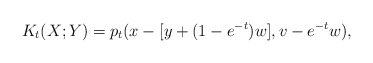
\begin{align*}K_t(X;Y)=p_t(x-[y+(1-e^{-t})w],v-e^{-t}w),\end{align*}